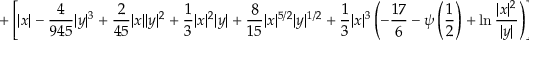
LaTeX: + \left[ | x | - { \frac { 4 } { 9 4 5 } } | y | ^ { 3 } + { \frac { 2 } { 4 5 } } | x | | y | ^ { 2 } + { \frac { 1 } { 3 } } | x | ^ { 2 } | y | + { \frac { 8 } { 1 5 } } | x | ^ { 5 / 2 } | y | ^ { 1 / 2 } + { \frac { 1 } { 3 } } | x | ^ { 3 } \left( - { \frac { 1 7 } { 6 } } - \psi \left( \frac { 1 } { 2 } \right) + \ln { \frac { | x | ^ { 2 } } { | y | } } \right) \right] \cos { \frac { \bar { \theta } } { 2 } }